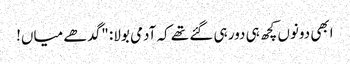
ابھی دونوں کچھ ہی دور ہی گئے تھے کہ آدمی بولا: "گدھے میاں!